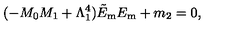
( - M _ { 0 } M _ { 1 } + \Lambda _ { 1 } ^ { 4 } ) \tilde { E } _ { \mathrm { m } } E _ { \mathrm { m } } + m _ { 2 } = 0 ,